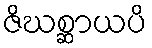
ဇိဃစ္ဆာယပိ